Report on vaccination in the Province of Bengal - 1874-1889
Year: 1874
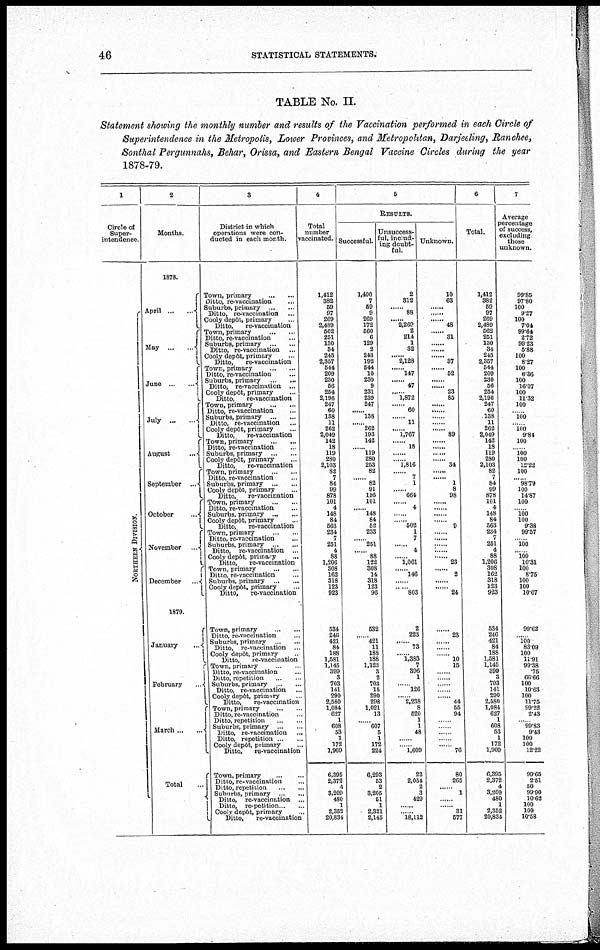
46
STATISTICAL STATEMENTS.
TABLE No. II.
Statement showing the monthly number and results of the Vaccination performed in each Circle of
Superintendence in the Metropolis, Lower Provinces, and Metropolitan, Darjeeling, Ranchee,
Sonthal Pergunnahs, Behar, Orissa, and Eastern Bengal Vaccine Circles during the year
1878-79.
1
Circle of
Super-
intendence.
NOR T HE R N DI VI SI ON.
2
Months.
1878.
April ... ...
May ... ...
June
...
...
July
... ...
August ...
September ...
October
...
November ...
December ...
1879.
January
...
February ...
March ... ...
Total ...
3
District in which
operations were con-
ducted in each month.
Town, primary ... ...
Ditto, re-vaccination ...
Suburbs, primary ... ...
Ditto, re-vaccination ...
Cooly depôt, primary
...
Ditto,
re-vaccination
Town, primary
...
...
Ditto, re-vaccination ...
Suburbs, primary ... ...
Ditto, re-vaccination ...
Cooly depôt, primary
...
Ditto,
re-vaccination
Town, primary
... ...
Ditto, re-vaccination ... ...
Suburbs, primary ... ...
Ditto, re-vaccination ...
Cooly depôt, primary ...
Ditto,
re-vaccination ...
Town, primary
... ...
Ditto, re-vaccination ... ...
Suburbs, primary ... ...
Ditto, re-vaccination ...
Cooly depôt, primary ...
Ditto,
re-vaccination
Town, primary
...
...
Ditto, re-vaccination ...
Suburbs, primary ... ...
Cooly depôt, primary ...
Ditto,
re-vaccination
Town, primary ... ...
Ditto, re-vaccination ...
Suburbs, primary ... ...
Cooly depôt, primary ...
Ditto,
re-vaccination
Town, primary
... ...
Ditto, re-vaccination ...
Suburbs, primary ... ...
Cooly depôt, primary ...
Ditto,
re-vaccination
Town, primary
...
...
Ditto, re-vaccination ...
Suburbs, primary ... ...
Ditto, re-vaccination ...
Cooly depôt, primary ...
Ditto,
re-vaccination
Town, primary
...
Ditto, re-vaccination ...
Suburbs, primary ... ...
Cooly depôt, primary ...
Ditto,
re-vaccination
Town, primary ... ...
Ditto, re-vaccination ...
Suburbs, primary ... ...
Ditto, re-vaccination ...
Cooly depôt, primary ...
Ditto,
re-vaccination
Town, primary
...
...
Ditto, re-vaccination ...
Ditto, repetition
... ...
Suburbs, primary ... ...
Ditto, re-vaccination ...
Cooly depôt, primary
...
Ditto,
re-vaccination
Town, primary
...
...
Ditto, re-vaccination ...
Ditto, repetition ... ...
Suburbs, primary ... ...
Ditto, re-vaccination ...
Ditto, repetition ... ...
Cooly depôt primary ...
Ditto,
re-vaccination
Town, primary
...
...
Ditto, re-vaccination ...
Ditto, repetition
... ...
Suburbs, primary ... ...
Ditto, re-vaccination ...
Ditto, re-petition...
...
Cooly depôt, primary ...
Ditto,
re-vaccination
4
Total
number
vaccinated.
1,412
382
59
97
269
2,489
562
251
130
34
243
2,357
544
209
230
56
264
2,196
247
60
138
11
262
2,049
142
18
119
280
2,103
82
7
84
99
878
101
4
148
84
563
234
7
251
4
88
1,206
308
162
318
123
923
534
246
421
84
188
1,581
1,145
399
3
703
141
290
2,580
1,084
627
1
608
53
1
172
1,909
6,395
2,372
4
3,209
480
1
2,352
20,834
5
RESULTS.
Successful.
1,400
7
59
9
269
172
560
6
129
2
243
192
544
10
230
9
231
239
247
...... 138
...... 262
193
142
...... 119
280
253
82
...... 82
91
116
101
......
148
84
52
233
......
251
......
88
122
308
14
318
123
96
532
......
421
11
188
188
1,123
3
2
703
15
290
298
1,021
13
......
607
5
1
172
224
6,293
53
2
3,205
51
1
2,321
2,145
Unsuccess-
ful, includ-
ing doubt-
ful.
2
312
...... 88
...... 2,269
2
214
1
32
...... 2,128
...... 147
...... 47
...... 1,872
...... 60
......
11
...... 1,767
18
...... 1,816
...... 7
1
...... 664
......
4
......
502
1
7
...... 4
...... 1,061
......
146
......
...... 803
2
223
...... 73
...... 1,383
7
396
1
......
126
...... 2,238
8
520
1
1
48
......
...... 1,609
22
2,054
2
3
429
...... ......
18,112
Unknown.
10
63
......
......
...... 48
...... 31
......
......
...... 37
...... 52
......
...... 23
85
......
......
......
...... ...... 89
......
...... ......
...... 34
......
...... 1
8
98
......
......
......
9
......
......
......
......
......
23
...... 2
......
...... 24
......
23
......
......
...... 10
15
......
......
......
......
......
44
55
94
......
......
......
......
76
80
265
...... 1
......
......
31
577
6
Total.
1,412
382
59
97
269
2,489
562
251
130
34
243
2,357
544
209
230
56
254
2,196
247
60
138
11
262
2,049
142
18
119
280
2,103
82
7
84
99
878
101
4
148
84
563
234
7
251
4
88
1,206
308
162
318
123
923
534
246
421
84
188
1,581
1,145
399
3
703
141
290
2,580
1,084
627
1
608
53
1
172
1,909
6,395
2,372
4
3,209
480
1
2,352
20,834
7
Average
percentage
of success,
excluding
those
unknown.
99.85
97.80
100
9.27
100
7.04
99.64
2.72
99.23
5.88
100
8.27
100
6.36
100
16.97
100
11.32
100
......
100
...... 100
9.84
100
...... 100
100
12.22
100
...... 98.79
100
14.87
100
......
100
100
9.38
99.57
.
100
...... 100
10.31
100
8.75
100
100
10.67
99.82
......
100
83.09
100
11.91
99.38
.75
66.66
100
10.63
100
11.75
99.22
2.43
...... 99.83
9.43
100
100
12.22
99.65
2.51
50
99.90
10.62
100
100
10.58